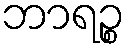
ဘာရဉ္စ